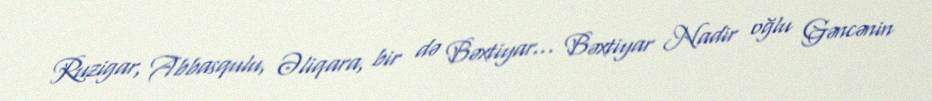
Ruzigar, Abbasqulu, Əliqara, bir də Bəxtiyar… Bəxtiyar Nadir oğlu Gəncənin